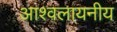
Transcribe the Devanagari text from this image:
आश्वलायनीय